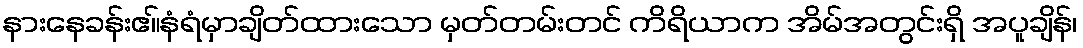
နားနေခန်းဧ။်နံရံမှာချိတ်ထားသော မှတ်တမ်းတင် ကိရိယာက အိမ်အတွင်းရှိ အပူချိန်၊